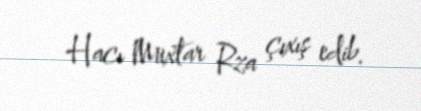
Hacı Muxtar Rza çıxış edib.